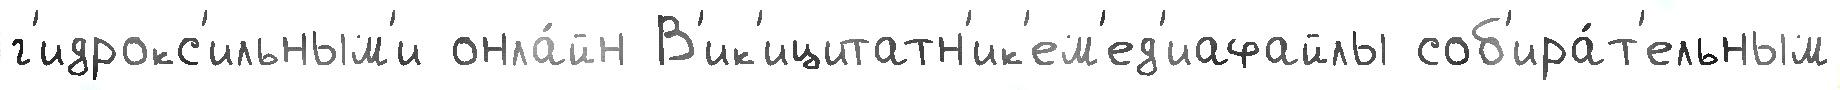
г'идрокс'ильным'и онла́йн В'ик'ицитатн'ик'ем'ед'иафайлы соб'ира́т'ельным